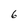
Character: 6